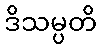
ဒိသမ္ပတိ